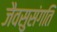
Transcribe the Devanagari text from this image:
जैवसुसंगति